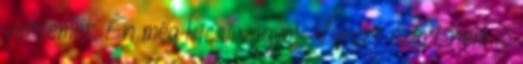
versemet. Én még kicsi vagyok Verset ezért nem is